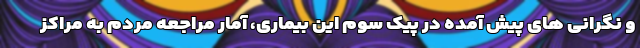
و نگرانی های پیش آمده در پیک سوم این بیماری، آمار مراجعه مردم به مراکز